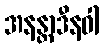
အနန္တာဒီနဝါ